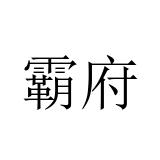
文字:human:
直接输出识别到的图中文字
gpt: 霸府